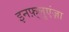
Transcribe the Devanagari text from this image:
इनफ़्लुएंज़ा